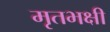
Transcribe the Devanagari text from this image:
मृतभक्षी